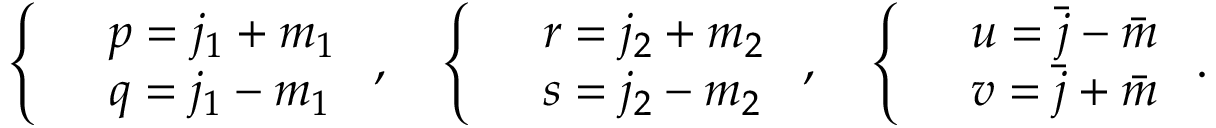
\left\{ \begin{array} { l l } & { p = j _ { 1 } + m _ { 1 } } \\ & { q = j _ { 1 } - m _ { 1 } } \end{array} \right. , \quad \left\{ \begin{array} { l l } & { r = j _ { 2 } + m _ { 2 } } \\ & { s = j _ { 2 } - m _ { 2 } } \end{array} \right. , \quad \left\{ \begin{array} { l l } & { u = \bar { j } - \bar { m } } \\ & { v = \bar { j } + \bar { m } } \end{array} \right. .